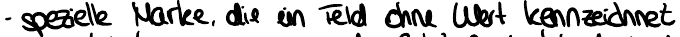
- spezielle Marke, die ein Feld ohne Wert kennzeichnet